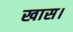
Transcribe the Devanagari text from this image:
खास।